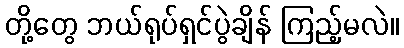
တို့တွေ ဘယ်ရုပ်ရှင်ပွဲချိန် ကြည့်မလဲ။